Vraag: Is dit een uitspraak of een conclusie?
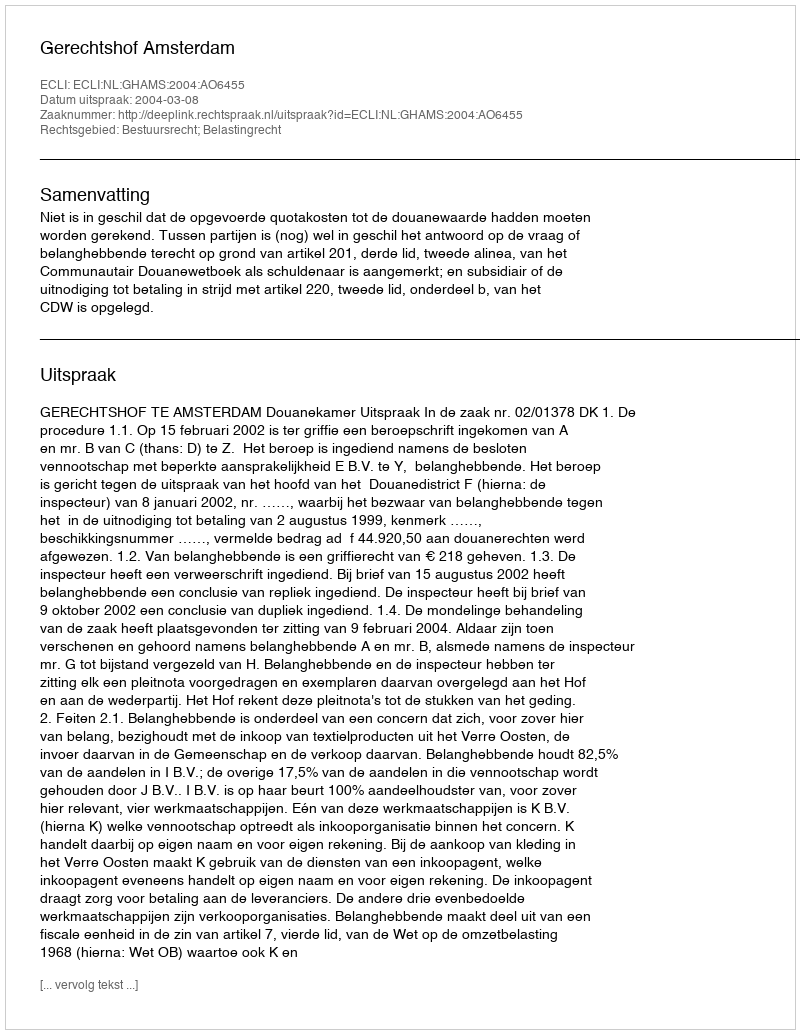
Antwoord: Uitspraak